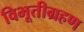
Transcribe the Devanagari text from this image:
विभूतीग्रहण